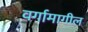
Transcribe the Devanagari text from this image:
वर्गामागील